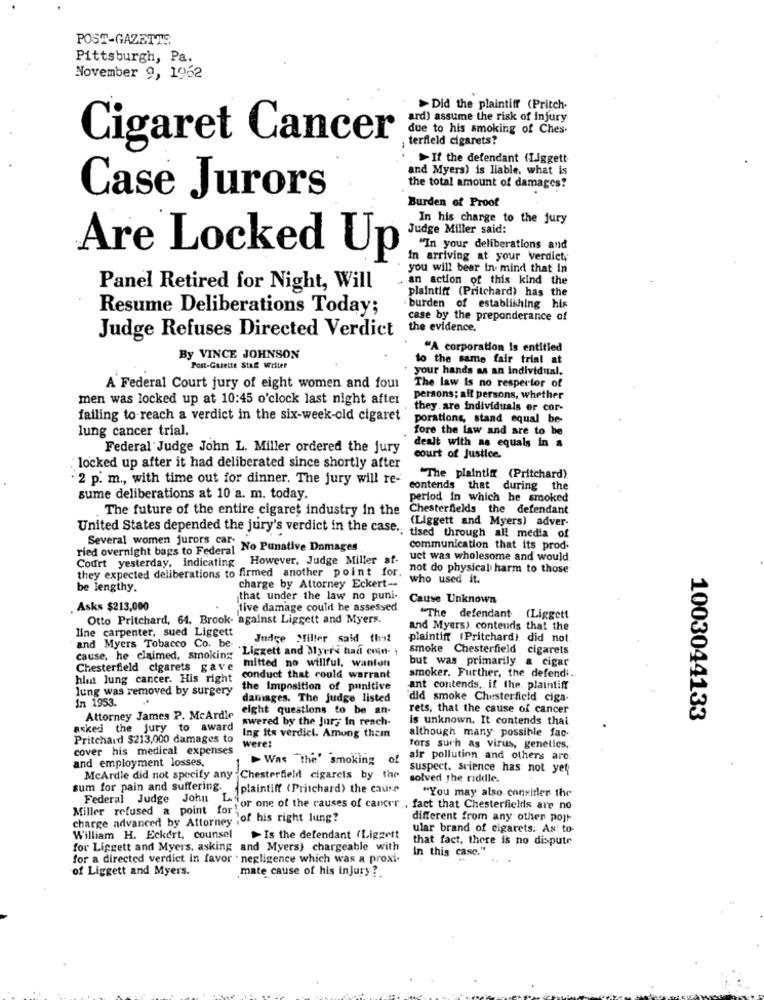
POST-GAZETTE
Pittsburgh, Pa.
November 9, 1962
> Did the plaintiff (Pritch.
ard) assume the risk of injury
due to his smoking of Ches-
Cigaret Cancer
terfield cigarets?
. If the defendant (Liggett
and Myers) is liable, what is
the total amount of damages?
Case Jurors
Burden of Proof
In his charge to the jury
Judge Miller said:
"In your deliberations and
Are Locked Up
In arriving at your verdict;
you will bear In mind that In
an action of this kind the
Panel Retired for Night, Will
plaintiff (Pritchard) has the
Resume Deliberations Today;
burden of establishing his
case by the preponderance of
the evidence.
Judge Refuses Directed Verdict
"A corporation Is entitled
By VINCE JOHNSON
to the same fair trial at
Post-Gazette Stal Willer
your hands as an Individual.
The law is no respector of
A Federal Court jury of eight women and four
men was locked up at 10:45 o'clock last night after
persons; aff persons, whether
they are individuais or cor-
failing to reach a verdict in the six-week-old cigaret
porations, stand equal be-
lung cancer trial.
fore the law and are to be
dealt with as equals in a
Federal Judge John L. Miller ordered the jury
court of Justice.
locked up after it had deliberated since shortly after
- 2 p. m ., with time out for dinner. The jury will re-
"The plaintiff (Pritchard).
contends that during the
sume deliberations at 10 a. m. today.
period in which he smoked
The future of the entire cigaret industry in the
Chesterfields the defendant
(Liggett and Myers) adver-
United States depended the jury's verdict in the case ..
Several women jurors car
tised through all media of
ried overnight bags to Federal No Punative Damages
communication that its prod-
Court yesterday, Indicating However, Judge Miller af-
uct was wholesome and would.
they expected deliberations to firmed another point for.
not do physical harm to those
who used it.
be lengthy.
charge by Attorney Eckert-
that under the law no puni-
Cause Unknown
. Asks $213,000
tive damage could be assessed
Otto Pritchard, 64. Brook- against Liggett and Myers.
"The defendant
(Liggett
line carpenter, sued Liggett
and Myers) contends that the
Judge Miller said that
plaintiff (Pritchard) did not.
and Myers Tobacco Co. be- .
Liggett and Myers had con-
smoke Chesterfield cigarets
cause, he claimed, smoking
but was primarily & cigar
Chesterfield cigarets gave
mitted no willful, wanton
him lung cancer. His right
conduct that could warrant
smoker. Further, the defend ..
lung was removed by surgery
the Imposition of punitive
ant contends. if the. plaintiff
In 1953.
daniages. The judge listed
did smoke Chesterfield ciga-
eight questions to be an-
rets, that the cause of cancer
Attorney James P. McArdle
swered by the Jury in reach-
is unknown. It contends that
1003044133
asked the jury to award
although many possible fac-
Pritchard $213,000 damages to
Ing its verdict. Among them
cover his medical expenses
Were:
tors such as virus, genetics.
and employment losses,
Was the' smoking
of
air pollution and others are.
suspect. science has not yet
McArdle did not specify any
Chesterfield cigarets by the
solved the riddle.
sum for pain and suffering.
plaintiff (Pritchard) the cause
"You may also consider the
Federal Judge John L.
Miller refused a point for
'or one of the causes of cancer . fact that Chesterfields are no
charge advanced by Attorney ;of his right lung?
different from any othen popr-
ular brand of cigarets. As: to-
William H. Eckert, counsel
Is the defendant (Liggert
that fact. there is no dispute
for Liggett and Myers, asking and Myers) chargeable with
In this case."
for a directed verdict in favor . negligence which was a proxi.
of Liggett and Myers.
mate cause of his injury?